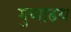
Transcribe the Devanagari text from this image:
गुणाढ़य